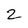
Character: 2